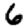
Digit: 6